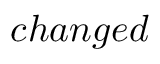
c h a n g e d